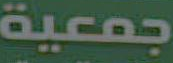
جمعية